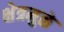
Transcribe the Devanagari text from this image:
क्षेत्रमुळे